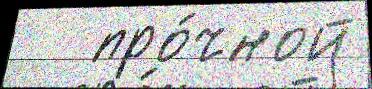
   про́чной